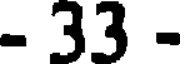
- 33 -